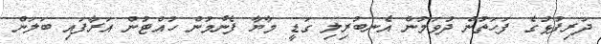
ދަރިފުޅުގެ ފަހަތުން ދުވަމުން އެނބުރިލި ގަޑީ މާޔާ ފެނުމުން ހުއްޓުން އަރާފައި ބަލަން